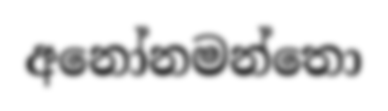
අනෝනමන්තො